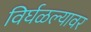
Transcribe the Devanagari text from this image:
विर्घळल्यावर